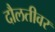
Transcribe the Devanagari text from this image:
दौलतीवर